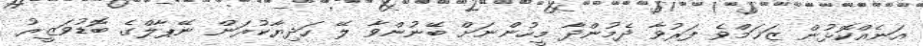
އަނެއްކޮޅުން ޒަޚަމްވެ ފަރުވާ ދެމުންދާ މީހުންނަށް ބޭނުންވާ ލޭ ހަދިޔާކުރަން ނޭޕާލްގެ ބޮޑުވަޒީރު